Civil Veterinary Dept. Bombay admin report 1907-1913 - 1907-1913
Year: 1907
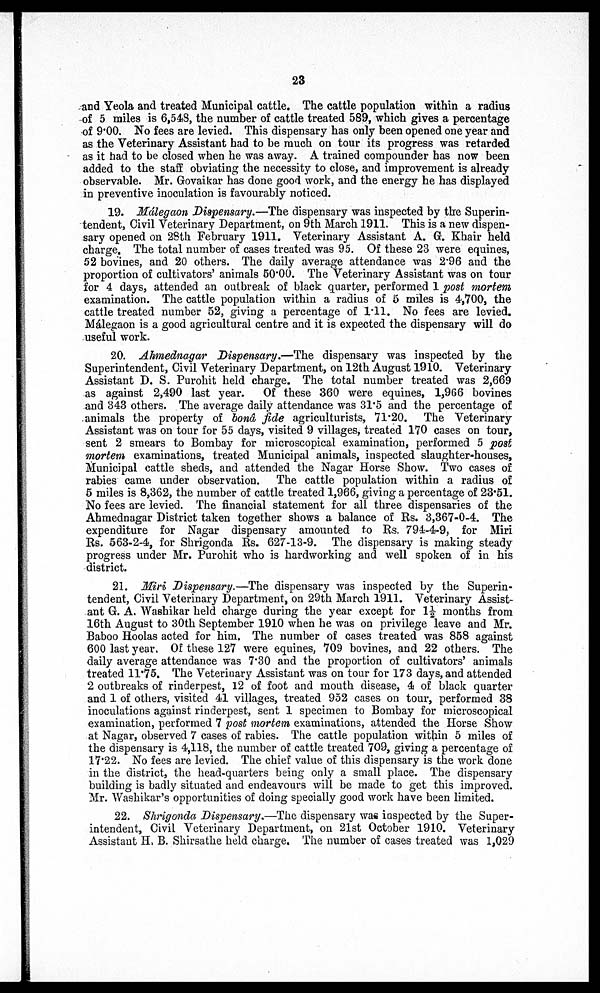
23
and Yeola and treated Municipal cattle. The cattle population within a radius
of 5 miles is 6,548, the number of cattle treated 589, which gives a percentage
of 9.00. No fees are levied. This dispensary has only been opened one year and
as the Veterinary Assistant had to be much on tour its progress was retarded
as it had to be closed when he was away. A trained compounder has now been
added to the staff obviating the necessity to close, and improvement is already
observable. Mr. Grovaikar has done good work, and the energy he has displayed
in preventive inoculation is favourably noticed.
19. Málegaon Dispensary.—The dispensary was inspected by the Superin-
tendent, Civil Veterinary Department, on 9th March 1911. This is a new dispen-
sary opened on 28th February 1911. Veterinary Assistant A. G. Khair held
charge. The total number of cases treated was 95. Of these 23 were equines,
52 bovines, and 20 others. The daily average attendance was 2.96 and the
proportion of cultivators' animals 50.00. The Veterinary Assistant was on tour
for 4 days, attended an outbreak of black quarter, performed 1 post mortem
examination. The cattle population within a radius of 5 miles is 4,700, the
cattle treated number 52, giving a percentage of 1.11. No fees are levied.
Málegaon is a good agricultural centre and it is expected the dispensary will do
useful work.
20. Ahmednagar Dispensary.—The dispensary was inspected by the
Superintendent, Civil Veterinary Department, on 12th August 1910. Veterinary
Assistant D. S. Purohit held charge. The total number treated was 2,669
as against 2,490 last year.
Of these 360 were equines, 1,966 bovines
and 343 others. The average daily attendance was 31'5 and the percentage of
animals the property of bonâ fide agriculturists, 71.20. The Veterinary
Assistant was on tour for 55 days, visited 9 villages, treated 170 cases on tour,
sent 2 smears to Bombay for microscopical examination, performed 5 post
mortem examinations, treated Municipal animals, inspected slaughter-houses,
Municipal cattle sheds, and attended the Nagar Horse Show. Two cases of
rabies came under observation. The cattle population within a radius of
5 miles is 8,362, the number of cattle treated 1,966, giving a percentage of 23.51.
No fees are levied. The financial statement for all three dispensaries of the
Ahmednagar District taken together shows a balance of Rs. 3,367-0-4. The
expenditure for Nagar dispensary amounted to Rs. 794-4-9, for Miri
Rs. 563-2-4, for Shrigonda Rs. 627-13-9. The dispensary is making steady
progress under Mr. Purohit who is hardworking and well spoken of in his
district.
21. Miri Dispensary.—The dispensary was inspected by the Superin-
tendent, Civil Veterinary Department, on 29th March 1911. Veterinary Assist-
ant G. A. Washikar held charge during the year except for 1½ months from
16th August to 30th September 1910 when he was on privilege leave and Mr.
Baboo Hoolas acted for him. The number of cases treated was 858 against
600 last year. Of these 127 were equines, 709 bovines, and 22 others. The
daily average attendance was 7.30 and the proportion of cultivators' animals
treated 11.75. The Veterinary Assistant was on tour for 173 days, and attended
2 outbreaks of rinderpest, 12 of foot and mouth disease, 4 of black quarter
and 1 of others, visited 41 villages, treated 952 cases on tour, performed 38
inoculations against rinderpest, sent 1 specimen to Bombay for microscopical
examination, performed 7 post mortem examinations, attended the Horse Show
at Nagar, observed 7 cases of rabies. The cattle population within 5 miles of
the dispensary is 4,118, the number of cattle treated 709, giving a percentage of
17.22. No fees are levied. The chief value of this dispensary is the work done
in the district, the head-quarters being only a small place. The dispensary
building is badly situated and endeavours will be made to get this improved.
Mr. Washikar's opportunities of doing specially good work have been limited.
22. Shrigonda Dispensary.—The dispensary was inspected by the Super-
intendent, Civil Veterinary Department, on 21st October 1910. Veterinary
Assistant H. B. Shirsathe held charge. The number of cases treated was 1,029